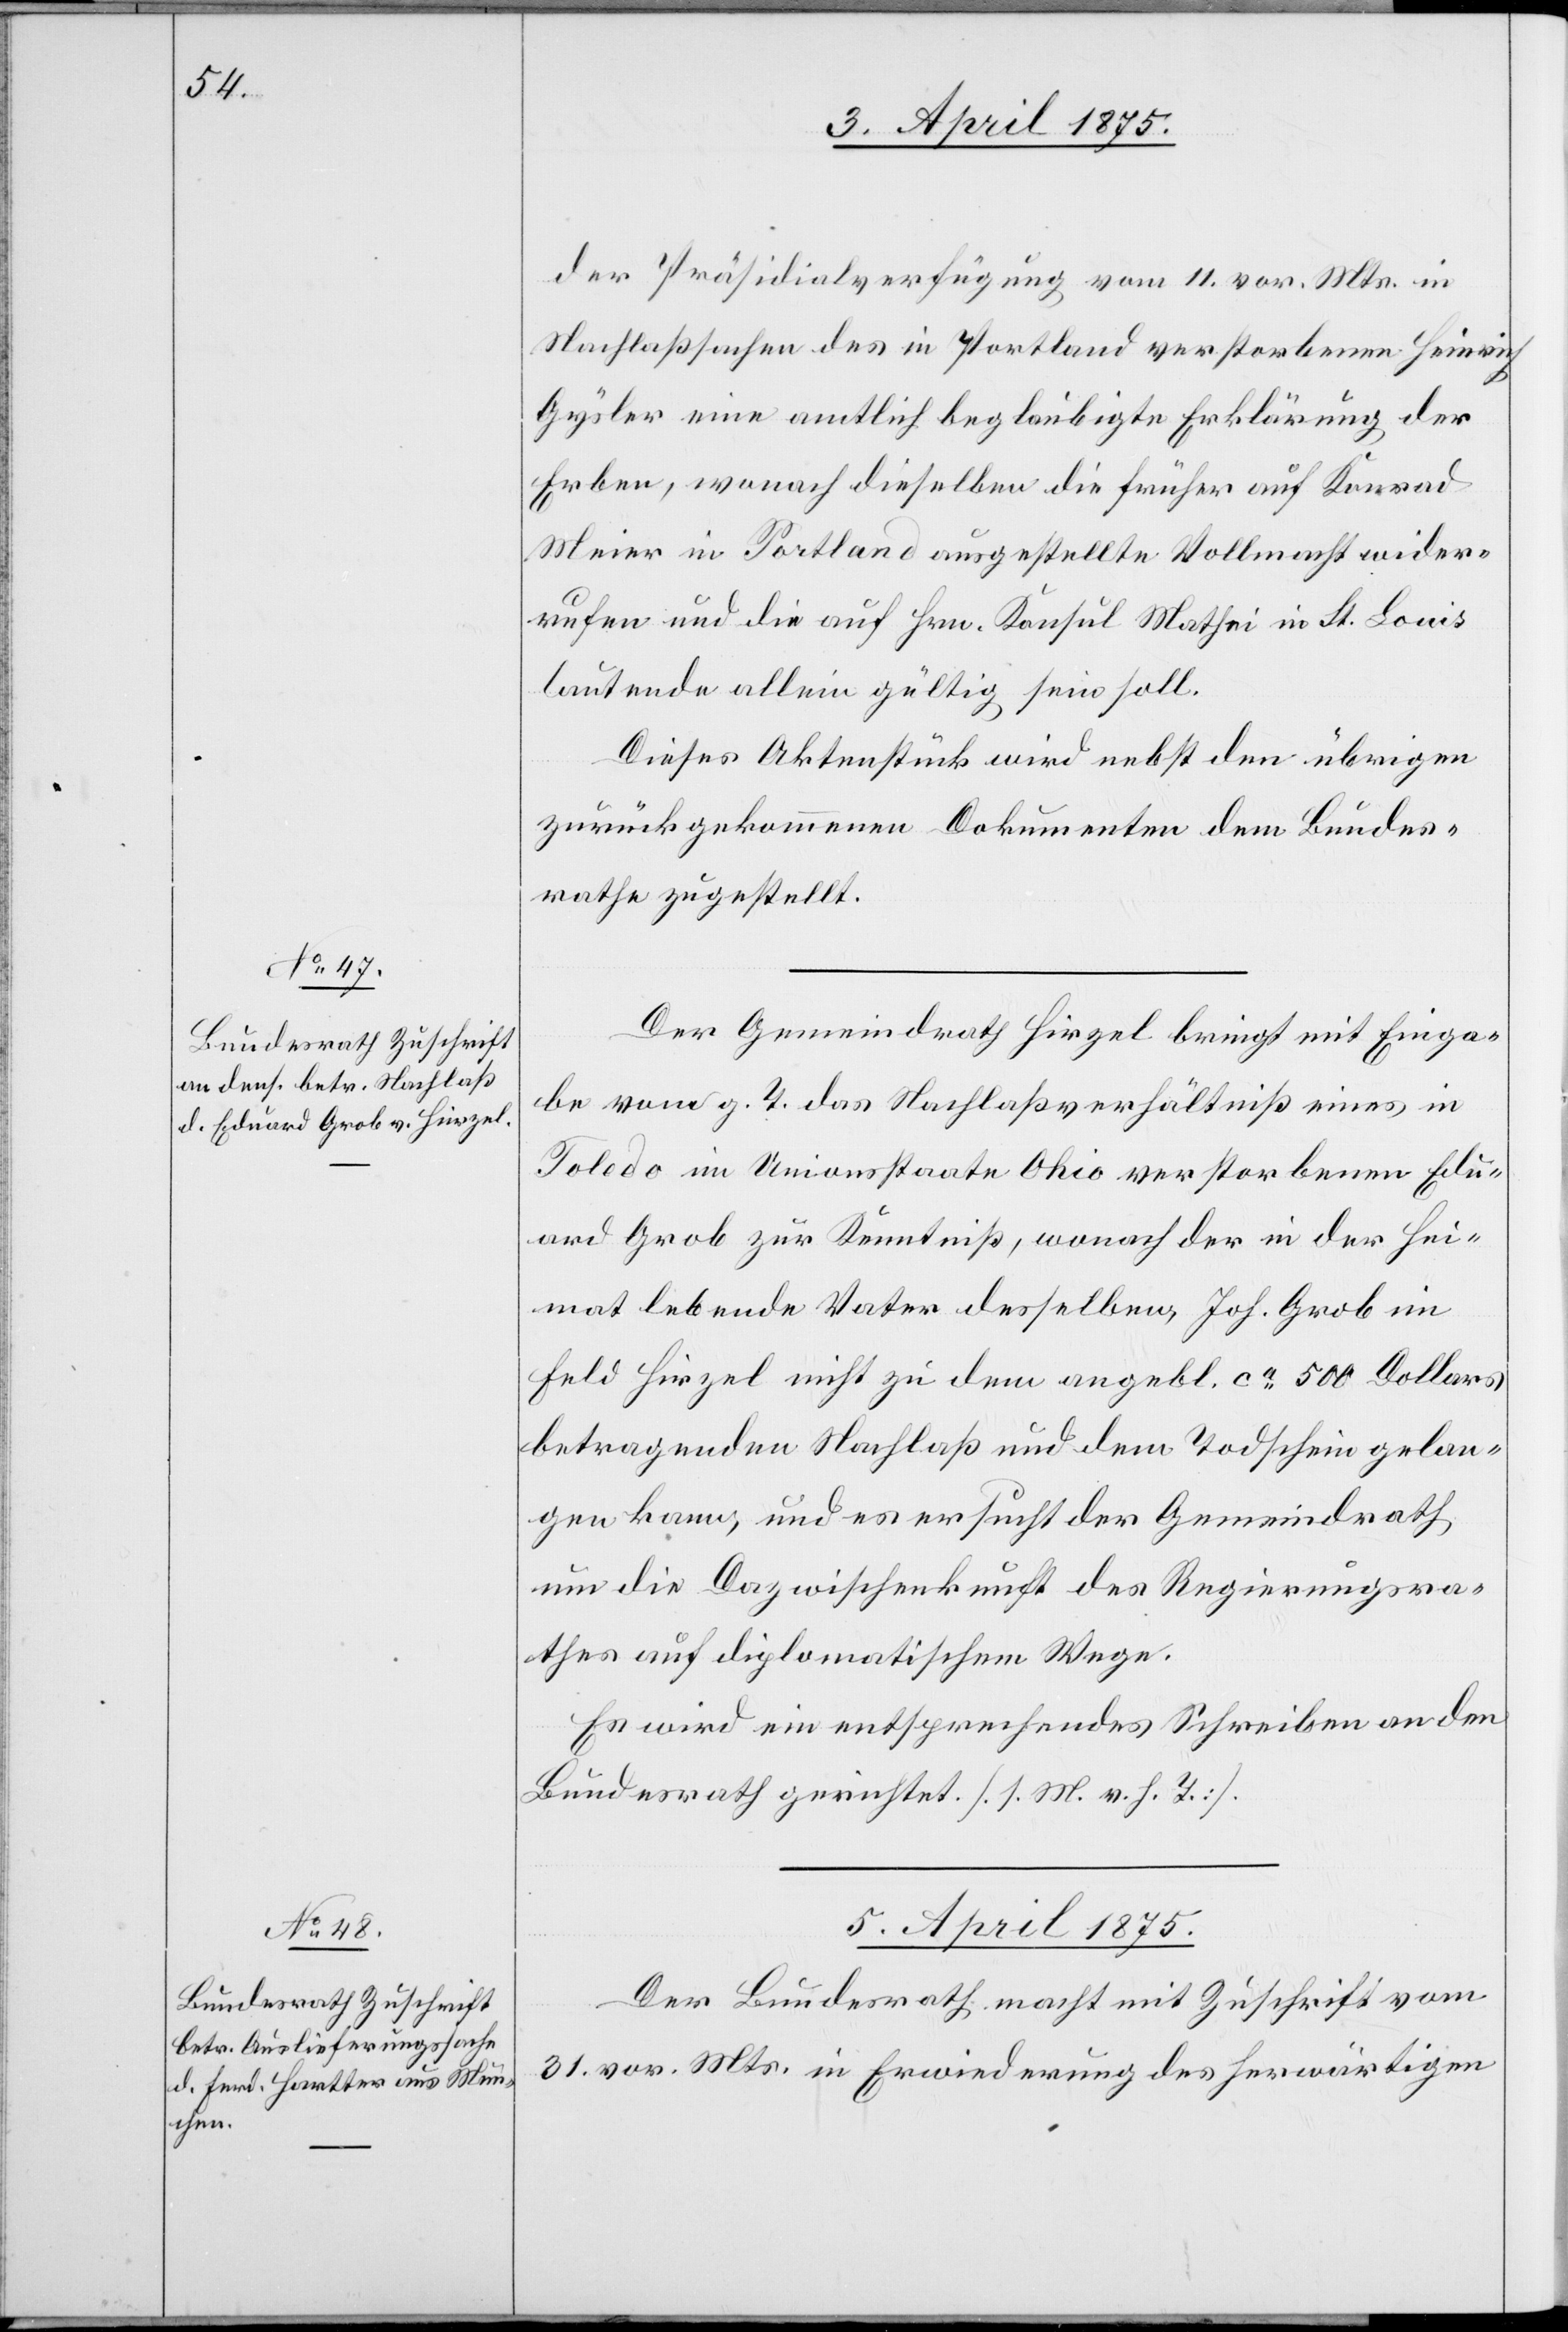
3. April 1875.]
der Präsidialverfügung vom 11. vor. Mts. in
Nachlaßsachen des in Portland verstorbenen Heinrich
Gysler eine amtlich beglaubigte Erklärung der
Erben, wonach dieselben die früher auf Konrad
Meier in Portland ausgestellte Vollmacht wider¬
rufen und die auf Hrn. Konsul Mathni in St. Louis
lautende allein gültig sein soll.
Dieses Aktenstück wird nebst den übrigen
zurückgekommenen Dokumenten dem Bundes¬
rathe zugestellt.
Der Gemeindrath Hirzel bringt mit Einga¬
be vom g. T. das Nachlaßverhältniß eines in
Toledo im Unionsstaate Ohio verstorbenen Edu¬
ard Grob zur Kenntniß, wonach der in der Hei¬
mat lebende Vater desselben, Jos. Grob im
Feld Hirzel nicht zu dem angebl. ca 500 Dollar
betragenden Nachlaß und dem Todschein gelan¬
gen kann, und es ersucht der Gemeindrath
um die Dazwischenkunft der Regierungsra¬
thes auf diplomatischem Wege.
Es wird ein entsprechendes Schreiben an den
Bundesrath gerichtet [s. M. v. h. T.].
5. April 1875.
Der Bundesrath macht mit Zuschrift vom
31. vor. Mts. in Erwiederung des herwärtigen